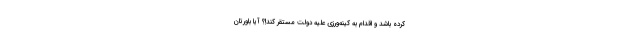
کرده باشد و اقدام به کینه‌ورزی علیه دولت مستقر کند!؟ آیا باورتان